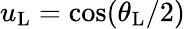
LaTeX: u_{\mathrm{L}}=\cos(\theta_{\mathrm{L}}/2)